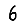
Digit: 6